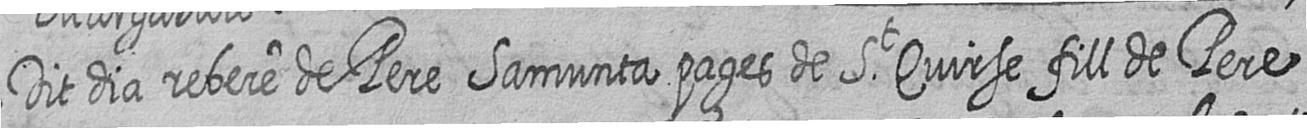
Dit dia rebere de Pere Samunta pages de St Quirse fill de Pere